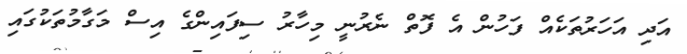
އަދި އަހަރުތަކެއް ފަހުން އެ ފޮތް ނެރުނީ މިހާރު ސިފައިންގެ އިސް މަގާމުތަކުގައި